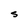
Character: S